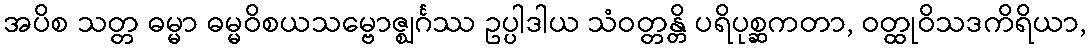
အပိစ သတ္တ ဓမ္မာ ဓမ္မဝိစယသမ္ဗောဇ္ဈင်္ဂဿ ဥပ္ပါဒါယ သံဝတ္တန္တိ ပရိပုစ္ဆကတာ, ဝတ္ထုဝိသဒကိရိယာ,